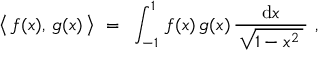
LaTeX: { \bigl \langle } \, f ( x ) , \, g ( x ) \, { \bigr \rangle } ~ = ~ \int _ { - 1 } ^ { 1 } \, f ( x ) \, g ( x ) \, { \frac { \mathrm { d } x } { \, { \sqrt { 1 - x ^ { 2 } \, } } \, } } ~ ,